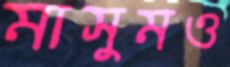
মাসুমও